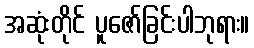
အဆုံးတိုင် ပူဇော်ခြင်းပါဘုရား။